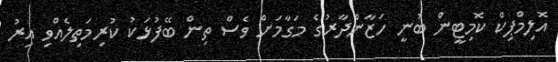
އޮލިމްޕިކް ކޮމިޓީން ބުނީ ހަޒާންދާރުގެ މަގާމަށް ވެސް ތިން ބޭފުޅަކު ކުރިމަތިލެއްވި އިރު